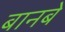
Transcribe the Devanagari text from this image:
बानबे